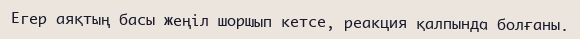
Егер аяқтың басы жеңіл шоршып кетсе, реакция қалпында болғаны.